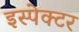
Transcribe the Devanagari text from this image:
इस्पेक्टर